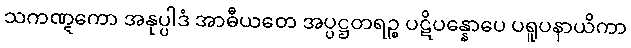
သကဏ္ဋကော အနုပ္ပါဒံ အာဓီယတေ အပ္ပဋ္ဌတရဉ္စ ပဋိပန္နောပေ ပရူပနာယိကာ